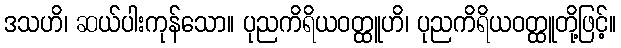
ဒသဟိ၊ ဆယ်ပါးကုန်သော။ ပုညကိရိယဝတ္ထူဟိ၊ ပုညကိရိယဝတ္ထူတို့ဖြင့်။